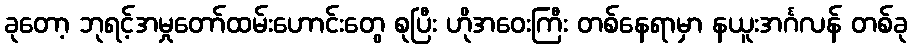
ခုတော့ ဘုရင့်အမှုတော်ထမ်းဟောင်းတွေ စုပြီး ဟိုအဝေးကြီး တစ်နေရာမှာ နယူးအင်္ဂလန် တစ်ခု